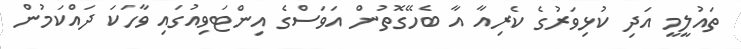
ތައުލީމީ އަދި ކުޅިވަރުގެ ކެރިއާ އާ ބެހޭގޮތުން އަވަސްގެ އިންޓަވިއުގައި ވާހަކަ ދައްކަމުން